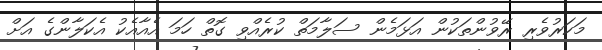
މަކަރުވެރި ރޭވުންތަކުން އަޅަމެން ސަލާމަތް ކުރެއްވި ގޮތް ހަމަ އެއާއެކު އެކަލާންގެ އަށް